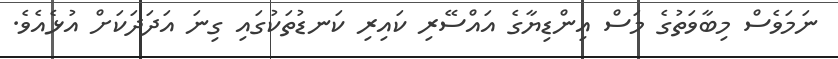
ނަމަވެސް މިބާވަތުގެ މަސް އިންޑިޔާގެ އައްސޭރި ކައިރި ކަނޑުތަކުގައި ގިނަ އަދަދަކަށް އުޅެއެވެ.